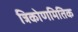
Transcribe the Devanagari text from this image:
त्रिकोणमितिक